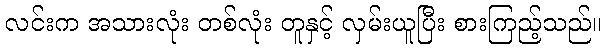
လင်းက အသားလုံး တစ်လုံး တူနှင့် လှမ်းယူပြီး စားကြည့်သည်။